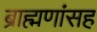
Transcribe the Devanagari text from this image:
ब्राह्मणांसह